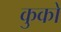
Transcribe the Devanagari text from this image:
कुको